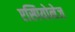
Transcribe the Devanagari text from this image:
एस्पियोनेज